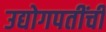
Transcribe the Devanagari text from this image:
उद्योगपतींची